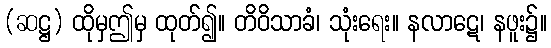
(ဆဋ္ဌ) ထိုမှဤမှ ထုတ်၍။ တိဝိသာခံ၊ သုံးရေး။ နလာဋေ၊ နဖူး၌။